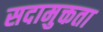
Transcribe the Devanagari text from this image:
सदामुक्तता